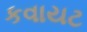
કવાયટ